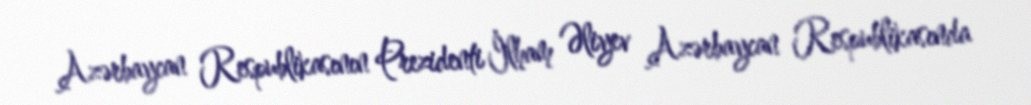
Azərbaycan Respublikasının Prezidenti İlham Əliyev Azərbaycan Respublikasında